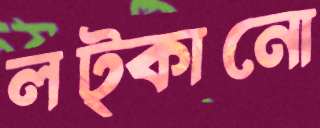
লট্‌কানো